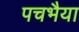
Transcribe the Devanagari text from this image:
पचभैया